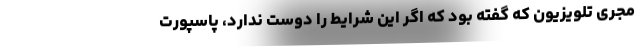
مجری تلویزیون که گفته بود که اگر این شرایط را دوست ندارد، پاسپورت